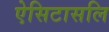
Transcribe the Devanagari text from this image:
ऐसिटासलि